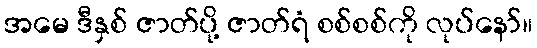
အမေ ဒီနှစ် ဇာတ်ပို့ ဇာတ်ရံ စစ်စစ်ကို လုပ်နော်။